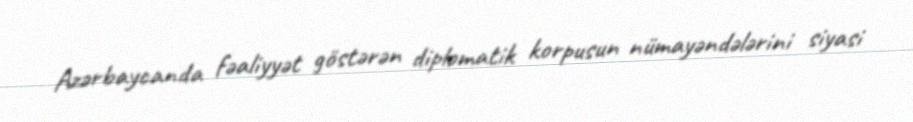
Azərbaycanda fəaliyyət göstərən diplomatik korpusun nümayəndələrini siyasi